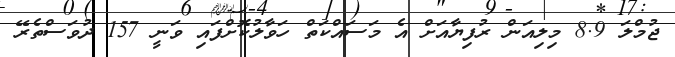
ޖުމްލަ 8.9 މިލިއަން ރުފިޔާއަށް އެ މަސައްކަތް ހަވާލުކޮށްފައި ވަނީ 157 ދުވަސްތެރޭ